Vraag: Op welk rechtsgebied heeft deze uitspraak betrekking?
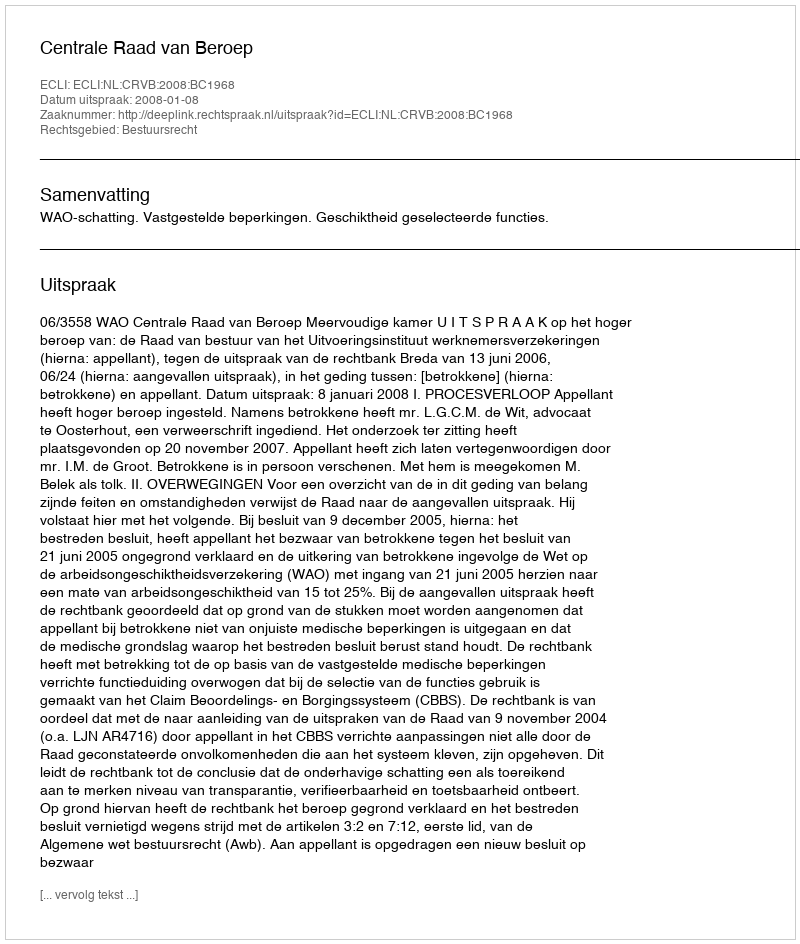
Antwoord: Bestuursrecht